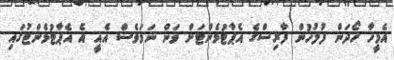
އެމީހާ ހޯދަން ފުލުހުން ފާރިސްގެ އެޕާޓުމެންޓަށް ވަން ނަމަވެސް އެއީ އެ އެޕާޓުމެންޓުގައި